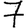
Digit: 7